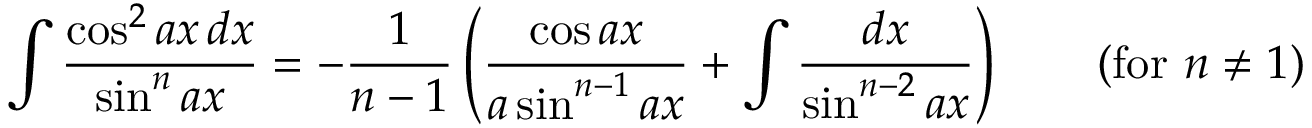
\int { \frac { \cos ^ { 2 } a x \, d x } { \sin ^ { n } a x } } = - { \frac { 1 } { n - 1 } } \left( { \frac { \cos a x } { a \sin ^ { n - 1 } a x } } + \int { \frac { d x } { \sin ^ { n - 2 } a x } } \right) \qquad { \mathrm { ( f o r ~ } } n \neq 1 { \mathrm { ) } }